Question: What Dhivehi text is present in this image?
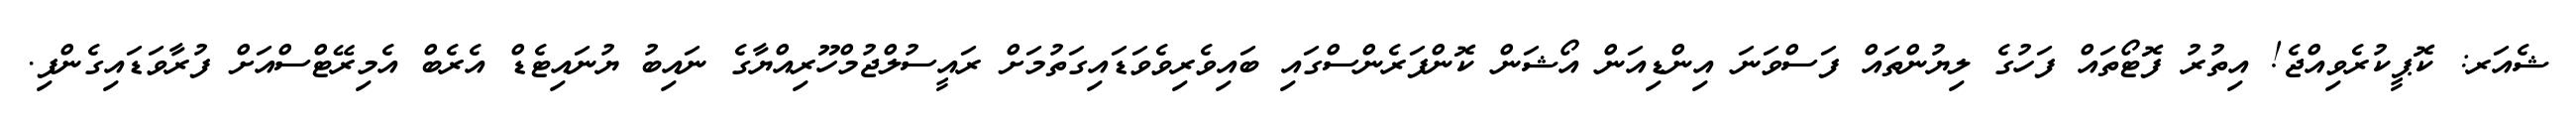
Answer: ޝެއަރ: ކޮޕީކުރެވިއްޖެ! އިތުރު ފޮޓޯތައް ފަހުގެ ލިޔުންތައް ފަސްވަނަ އިންޑިއަން އޯޝަން ކޮންފަރެންސްގައި ބައިވެރިވެވަޑައިގަތުމަށް ރައީސުލްޖުމްހޫރިއްޔާގެ ނައިބު ޔުނައިޓެޑް އެރެބް އެމިރޭޓްސްއަށް ފުރާވަޑައިގެންފި.